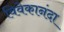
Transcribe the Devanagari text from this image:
विवेकानंदा